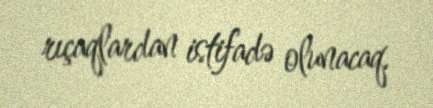
rıçaqlardan istifadə olunacaq.